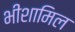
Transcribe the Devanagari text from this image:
भीशामिल